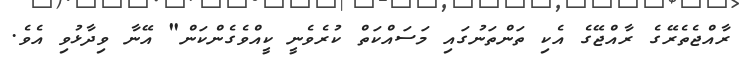
ރާއްޖެތެރޭގެ ރާއްޖޭގެ އެކި ތަންތަނުގައި މަސައްކަތް ކުރެވެނީ ކީއްވެގެންކަން" އޭނާ ވިދާޅުވި އެވެ.